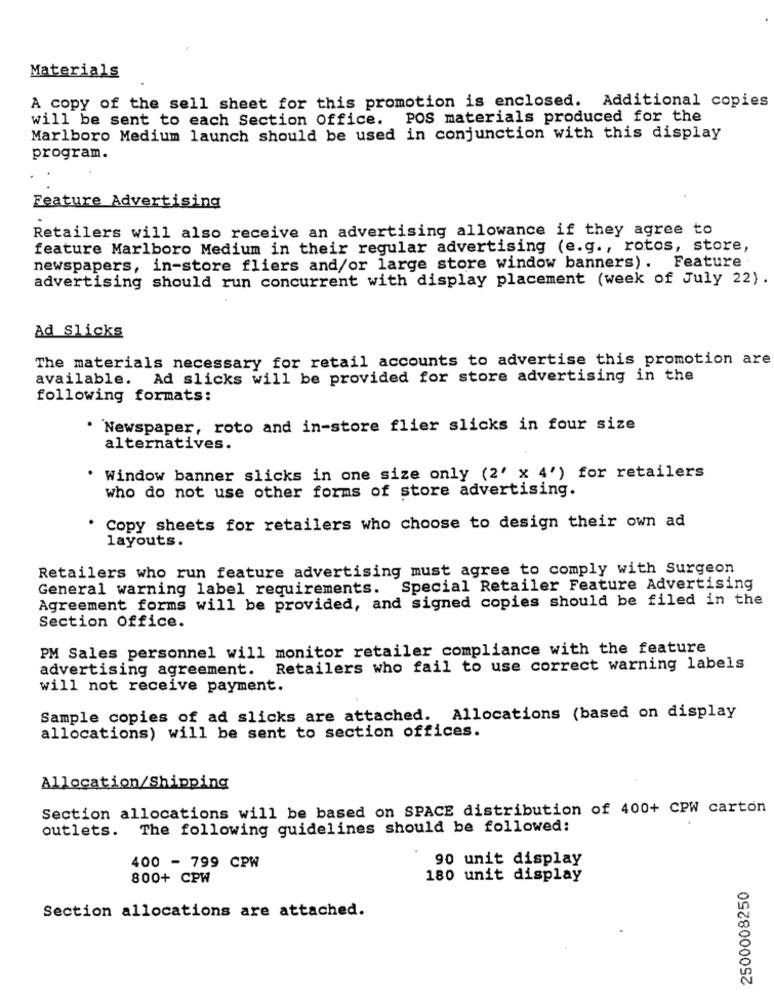
Materials
A copy of the sell sheet for this promotion is enclosed. Additional copies
will be sent to each Section Office. POS materials produced for the
Marlboro Medium launch should be used in conjunction with this display
program.
Feature Advertising
Retailers will also receive an advertising allowance if they agree to
feature Marlboro Medium in their regular advertising (e.g ., rotos, store,
newspapers, in-store fliers and/or large store window banners). Feature
advertising should run concurrent with display placement (week of July 22) .
Ad Slicks
The materials necessary for retail accounts to advertise this promotion are
available. Ad slicks will be provided for store advertising in the
following formats:
· Newspaper, roto and in-store flier slicks in four size
alternatives.
Window banner slicks in one size only (2' x 4') for retailers
who do not use other forms of store advertising.
Copy sheets for retailers who choose to design their own ad
layouts.
Retailers who run feature advertising must agree to comply with Surgeon
General warning label requirements. Special Retailer Feature Advertising
Agreement forms will be provided, and signed copies should be filed in the
Section Office.
PM Sales personnel will monitor retailer compliance with the feature
advertising agreement. Retailers who fail to use correct warning labels
will not receive payment.
Sample copies of ad slicks are attached. Allocations (based on display
allocations) will be sent to section offices.
Allocation/Shipping
Section allocations will be based on SPACE distribution of 400+ CPW carton
outlets. The following guidelines should be followed:
90 unit display
400 - 799 CPW
800+ CPW
180 unit display
2500008250
Section allocations are attached.